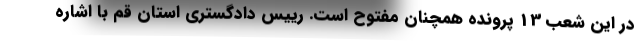
در این شعب 13 پرونده همچنان مفتوح است. رییس دادگستری استان قم با اشاره